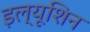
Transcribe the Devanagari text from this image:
इल्यूशिन